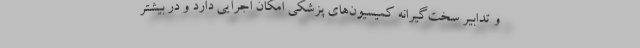
و تدابیر سخت‌گیرانه کمیسیون‌های پزشکی امکان اجرایی دارد و در بیشتر